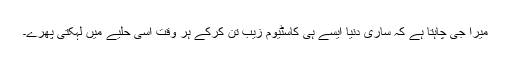
میرا جی چاہتا ہے کہ ساری دنیا ایسے ہی کاسٹیوم زیب تن کرکے ہر وقت اسی حلیے میں لہکتی پھرے۔